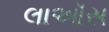
લાઑસ